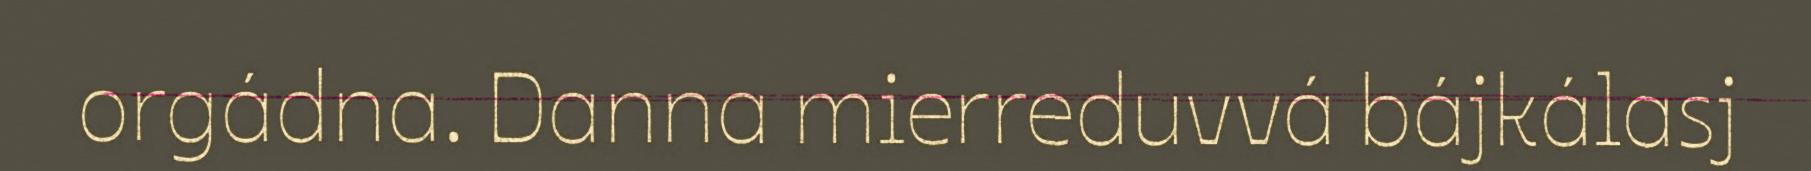
orgádna. Danna mierreduvvá bájkálasj